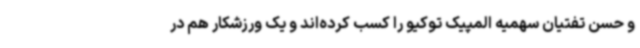
و حسن تفتیان سهمیه المپیک توکیو را کسب کرده‌اند و یک ورزشکار هم در